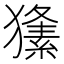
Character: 𤢘